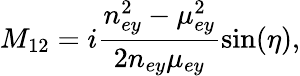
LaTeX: M_{12}=i\frac{n_{ey}^{2}-\mu_{ey}^{2}}{2n_{ey}\mu_{ey}}\sin(\eta),